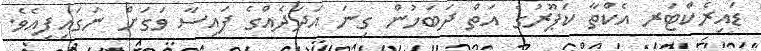
ޑައިރެކްޓަރ އެކްތާ ކަޕޫރުގެ އަތް ދަބަހުން ގިނަ އަދަދެއްގެ ފައިސާ ވަގަށް ނަގައިފިއެވެ.